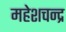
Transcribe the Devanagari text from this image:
महेशचन्द्र